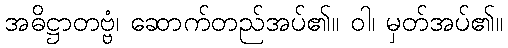
အဓိဋ္ဌာတဗ္ဗံ၊ ဆောက်တည်အပ်၏။ ဝါ၊ မှတ်အပ်၏။